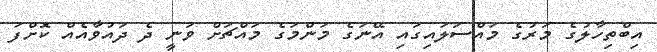
އިބްތިހާލުގެ މަރުގެ މައްސަލައިގައި އޭނަގެ މަންމަގެ މައްޗަށް ވަނީ ދެ ދައުވާއެއް ކޮށްފަ